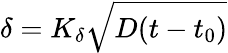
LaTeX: \delta=K_{\delta}\sqrt{D(t-t_{0})}